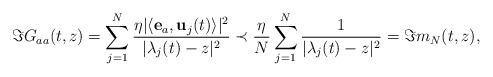
LaTeX: \begin{align*}\Im G_{aa}(t,z)=\sum_{j=1}^N \frac{ \eta |\langle \mathbf{e}_a, \mathbf{u}_j(t) \rangle|^2 }{|\lambda_j(t)-z|^2} \prec \frac{\eta}{N}\sum_{j=1}^N \frac{ 1}{|\lambda_j(t)-z|^2} =\Im m_N(t,z),\end{align*}